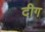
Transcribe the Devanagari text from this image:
दीग